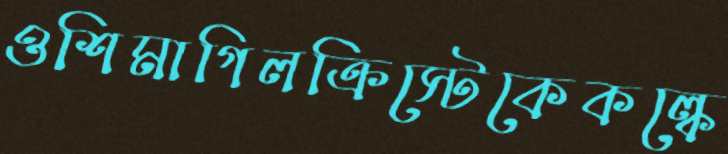
ওশিমাগিলক্রিস্টেকেকল্কে